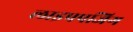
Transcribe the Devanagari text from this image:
लाइपपजिग